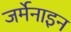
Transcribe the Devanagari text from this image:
जर्मेनाइन